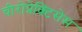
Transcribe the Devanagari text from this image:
चीरोप्रेक्टिसेस